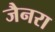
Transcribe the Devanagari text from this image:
जैनरा